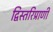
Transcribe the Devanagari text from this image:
द्विस्तरिप्राणी